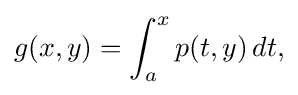
\displaystyle {g(x,y)=\int _{a}^{x}p(t,y)\,dt,}